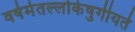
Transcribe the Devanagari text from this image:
वर्षमेतल्लोकेषुगीयते